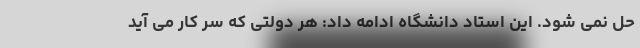
حل نمی شود. این استاد دانشگاه ادامه داد: هر دولتی که سر کار می آید